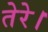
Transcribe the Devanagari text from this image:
तेरे।